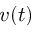
v ( t )